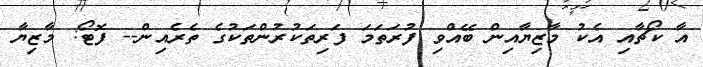
އާ ކޯޗާއި އެކު މާޒިޔާއިން ބޭއްވި ފުރަތަމަ ފަރިތަކުރުންތަކުގެ ތެރެއިން-- ފޮޓޯ: މާޒިޔާ